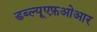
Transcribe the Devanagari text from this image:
डब्ल्यूएफ़ओआर